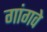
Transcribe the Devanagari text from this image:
गांगवे